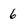
Character: 6